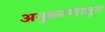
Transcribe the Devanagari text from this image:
अनुकरणातून